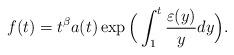
LaTeX: \begin{align*} f(t) &= t^\beta a(t)\exp\Big(\int_1^t\frac{\varepsilon(y)}ydy\Big). \end{align*}